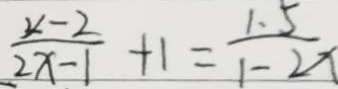
\frac { x - 2 } { 2 x - 1 } + 1 = \frac { 1 . 5 } { 1 - 2 x }